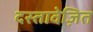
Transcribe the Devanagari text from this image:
दस्तावेज़ित